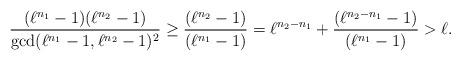
LaTeX: \begin{align*}\frac{(\ell^{n_1}-1)(\ell^{n_2}-1)}{\gcd(\ell^{n_1}-1,\ell^{n_2}-1)^2} \ge\frac{(\ell^{n_2}-1)}{(\ell^{n_1}-1)}=\ell^{n_2-n_1}+\frac{(\ell^{n_2-n_1}-1)}{(\ell^{n_1}-1)}>\ell. \end{align*}